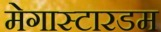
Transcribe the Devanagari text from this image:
मेगास्टारडम